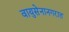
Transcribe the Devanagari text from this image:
वायुसेनानगरात